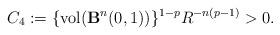
LaTeX: \begin{align*}C_4:=\{\mbox{vol}({\bf B}^n(0,1))\}^{1-p}R^{-n(p-1)}>0.\end{align*}